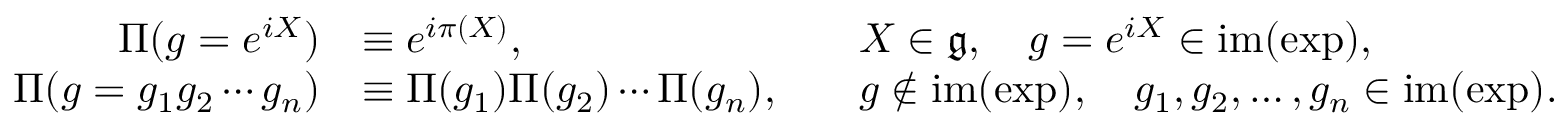
{ \begin{array} { r l r l } { \Pi ( g = e ^ { i X } ) } & { \equiv e ^ { i \pi ( X ) } , } & & { X \in { \mathfrak { g } } , \quad g = e ^ { i X } \in \mathrm { i m } ( \exp ) , } \\ { \Pi ( g = g _ { 1 } g _ { 2 } \cdots g _ { n } ) } & { \equiv \Pi ( g _ { 1 } ) \Pi ( g _ { 2 } ) \cdots \Pi ( g _ { n } ) , } & & { g \notin \mathrm { i m } ( \exp ) , \quad g _ { 1 } , g _ { 2 } , \ldots , g _ { n } \in \mathrm { i m } ( \exp ) . } \end{array} }